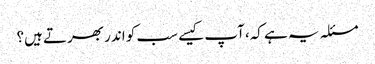
مسئلہ یہ ہے کہ، آپ کیسے سب کو اندر بھرتے ہیں؟